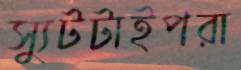
স্যুটটাইপরা